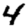
Digit: 4